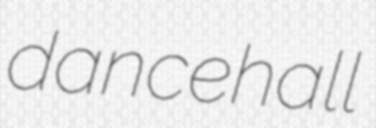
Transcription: dancehall